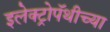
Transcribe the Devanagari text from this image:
इलेक्ट्रोपॅथीच्या